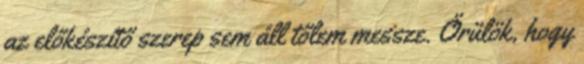
az előkészítő szerep sem áll tőlem messze. Örülök, hogy